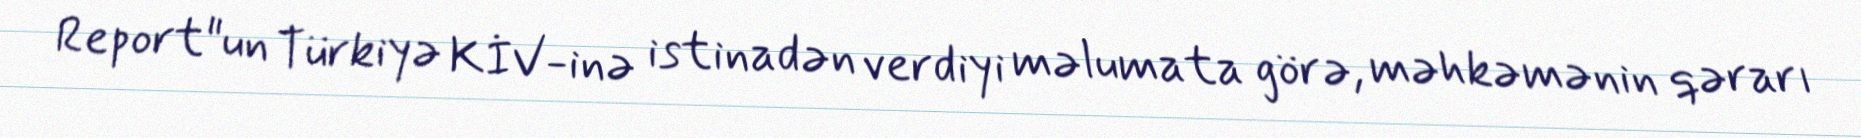
Report"un Türkiyə KİV-inə istinadən verdiyi məlumata görə, məhkəmənin qərarı